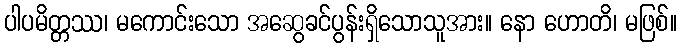
ပါပမိတ္တဿ၊ မကောင်းသော အဆွေခင်ပွန်းရှိသောသူအား။ နော ဟောတိ၊ မဖြစ်။